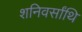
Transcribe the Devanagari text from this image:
शनिवर्सांथि